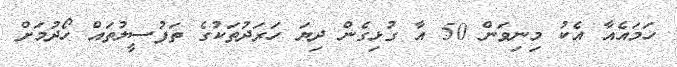
ހަމައެއާ އެކު މިނިވަން 50 އާ ގުޅިގެން ދިޔަ ހަރަދުތަކުގެ ތަފުސީލުތައް ހޯދުމަށް